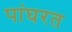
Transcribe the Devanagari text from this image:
पांघरत